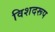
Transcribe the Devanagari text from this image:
विशदरूप